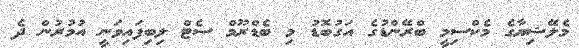
މެލޭޝިޔާގެ މެކްސިމީ ބްރޭންޑުގެ އަގުބޮޑު މި ބެޑްރޫމް ސެޓް ލިބިފައިވަނީ އުމުރުން ދެ